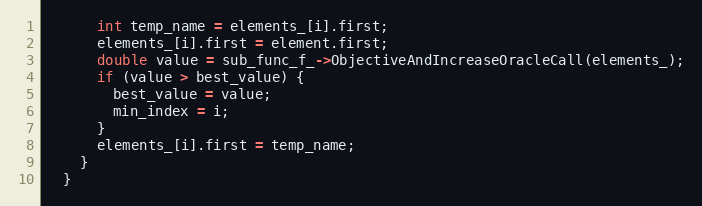
Language: C++
      int temp_name = elements_[i].first;
      elements_[i].first = element.first;
      double value = sub_func_f_->ObjectiveAndIncreaseOracleCall(elements_);
      if (value > best_value) {
        best_value = value;
        min_index = i;
      }
      elements_[i].first = temp_name;
    }
  }